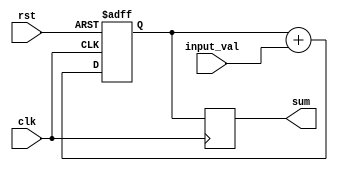
module accumulator(
    input wire clk,
    input wire rst,
    input wire [7:0] input_val,
    output reg [15:0] sum
);

reg [15:0] temp_sum;

always @(posedge clk or posedge rst) begin
    if (rst) begin
        temp_sum <= 16'b0;
    end else begin
        temp_sum <= temp_sum + input_val;
    end
end

always @(posedge clk) begin
    sum <= temp_sum;
end

endmodule